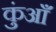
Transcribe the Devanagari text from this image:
कुंआँ